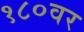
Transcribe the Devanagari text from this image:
१८०वर